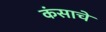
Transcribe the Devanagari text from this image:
कंसाचे